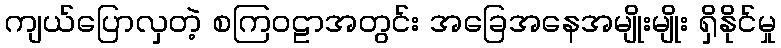
ကျယ်ပြောလှတဲ့ စကြဝဠာအတွင်း အခြေအနေအမျိုးမျိုး ရှိနိုင်မှု